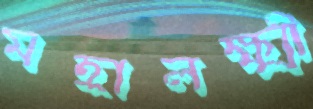
মহালক্ষ্মী